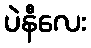
ပဲနီလေး